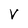
Character: V